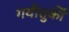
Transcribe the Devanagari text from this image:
गयीतुर्की